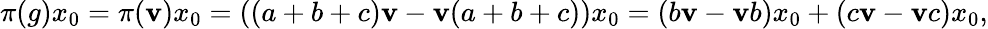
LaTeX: \pi(g)x_{0}=\pi(\mathbf{v})x_{0}=((a+b+c)\mathbf{v}-\mathbf{v}(a+b+c))x_{0}=(b\mathbf{v}-\mathbf{v}b)x_{0}+(c\mathbf{v}-\mathbf{v}c)x_{0},